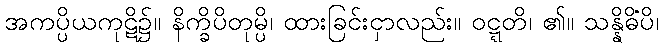
အကပ္ပိယကုဋိ၌။ နိက္ခိပိတုမ္ပိ၊ ထားခြင်းငှာလည်း။ ဝဋ္ဋတိ၊ ၏။ သန္နိဓိံပိ၊